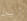
أين